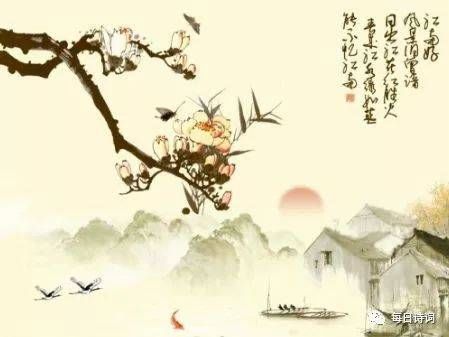
正是江南好风景，落花时节又逢君。